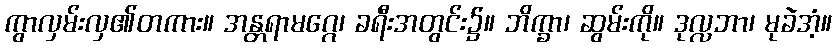
ကွာလှမ်းလှ၏တကား။ အန္တရာမဂ္ဂေ၊ ခရီးအတွင်း၌။ ဘိက္ခာ၊ ဆွမ်းကို။ ဒုလ္လဘာ၊ မုခဲအံ့။